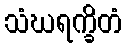
သံဃရက္ခိတံ